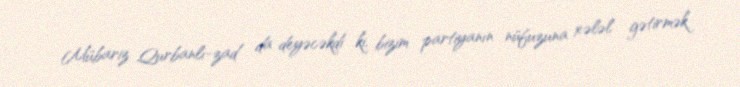
Mübariz Qurbanlı-zad da deyəcəkdi ki, bizim partiyanın nüfuzuna xələl gətirmək